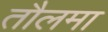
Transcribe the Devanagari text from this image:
तौलमा